Resolution. No. 1369 Ex.
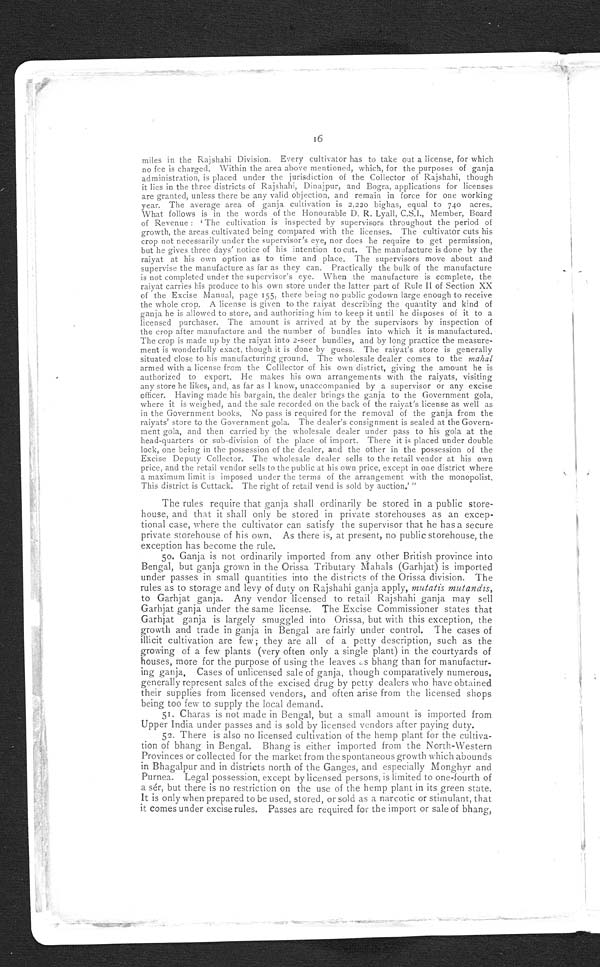
16
miles in the Rajshahi Division. Every cultivator has to take out a license, for which
no fee is charged. Within the area above mentioned, which, for the purposes of ganja
administration, is placed under the jurisdiction of the Collector of Rajshahi, though
it lies in the three districts of Rajshahi, Dinajpur, and Bogra, applications for licenses
are granted, unless there be any valid objection, and remain in force for one working
year. The average area of ganja cultivation is 2,220 bighas, equal to 740 acres.
What follows is in the words of the Honourable D. R. Lyall, C.S.I., Member, Board
of Re ve nue : ' The c ul t i va t i on i s i ns pe c t e d by s upe r vi s or s t hr oughout t he pe r i od of
growth, the areas cultivated being compared with the licenses. The cultivator cuts his
crop not necessarily under the supervisor's eye, nor does he require to get permission,
but he gives three days' notice of his intention to cut. The manufacture is done by the
raiyat at his own option as to time and place. The supervisors move about and
supervise the manufacture as far as they can. Practically the bulk of the manufacture
is not completed under the supervisor's eye. When the manufacture is complete, the
raiyat carries his produce to his own store under the latter part of Rule II of Section XX
of the Excise Manual, page 155, there being no public godown large enough to receive
the whole crop. A license is given to the raiyat describing the quantity and kind of
ganja he is allowed to store, and authorizing him to keep it until he disposes of it to a
licensed purchaser. The amount is arrived at by the supervisors by inspection of
the crop after manufacture and the number of bundles into which it is manufactured.
The crop is made up by the raiyat into 2-seer bundles, and by long practice the measure--
ment is wonderfully exact, though it is done by guess. The raiyat's store is generally
situated close to his manufacturing ground. The wholesale dealer comes to the mahal
armed with a license from the Collector of his own district, giving the amount he is
authorized to export. He makes his own arrangements with the raiyats, visiting
any store be likes, and, as far as I know, unaccompanied by a supervisor or any excise
officer. Having made his bargain, the dealer brings the ganja to the Government gola,
where it is weighed, and the sale recorded on the back of the raiyat's license as well as
in the Government books. No pass is required for the removal of the ganja from the
raiyats' store to the Government gola. The dealer's consignment is sealed at the Govern--
ment gola, and then carried by the wholesale dealer under pass to his gola at the
head-quarters or sub-division of the place of import. There it is placed under double
lock, one being in the possession of the dealer, and the other in the possession of the
Excise Deputy Collector. The wholesale dealer sells to the retail vendor at his own
price, and the retail vendor sells to the public at his own price, except in one district where
a maximum limit is imposed under the terms of the arrangement with the monopolist.
This district is Cuttack. The right of retail vend is sold by auction.' "
The rules require that ganja shall ordinarily be stored in a public store-
house, and that it shall only be stored in private storehouses as an excep-
tional case, where the cultivator can satisfy the supervisor that he has a secure
private storehouse of his own. As there is, at present, no public storehouse, the
exception has become the rule.
50. Ganja is not ordinarily imported from any other British province into
Bengal, but ganja grown in the Orissa Tributary Mahals (Garhjat) is imported
under passes in small quantities into the districts of the Orissa division. The
rules as to storage and levy of duty on Rajshahi ganja apply, mutatis mutandis,
to Garhjat ganja. Any vendor licensed to retail Rajshahi ganja may sell
Garhjat ganja under the same license. The Excise Commissioner states that
Garhjat ganja is largely smuggled into Orissa, but with this exception, the
growth and trade in ganja in Bengal are fairly under control. The cases of
illicit cultivation are few; they are all of a petty description, such as the
growing of a few plants (very often only a single plant) in the courtyards of
houses, more for the purpose of using the leaves as bhang than for manufactur-
ing ganja. Cases of unlicensed sale of ganja, though comparatively numerous,
generally represent sales of the excised drug by petty dealers who have obtained
their supplies from licensed vendors, and often arise from the licensed shops
being too few to supply the local demand.
51. Charas is not made in Bengal, but a small amount is imported from
Upper India under passes and is sold by licensed vendors after paying duty.
52. There is also no licensed cultivation of the hemp plant for the cultiva-
tion of bhang in Bengal. Bhang is either imported from the North-Western
Provinces or collected for the market from the spontaneous growth which abounds
in Bhagalpur and in districts north of the Ganges, and especially Monghyr and
Purnea. Legal possession, except by licensed persons, is limited to one-fourth of
a sér, but there is no restriction on the use of the hemp plant in its green state.
It is only when prepared to be used, stored, or sold as a narcotic or stimulant, that
it comes under excise rules. Passes are required for the import or sale of bhang,